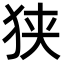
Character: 狭